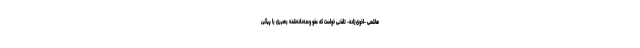
هاشمى -اخوى‌زاده- تلفنى خواست كه عفو وعده‌داده‌شده رهبرى را پیگیر